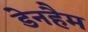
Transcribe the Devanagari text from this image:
डेनहैम